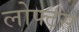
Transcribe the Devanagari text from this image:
लोफ्टस